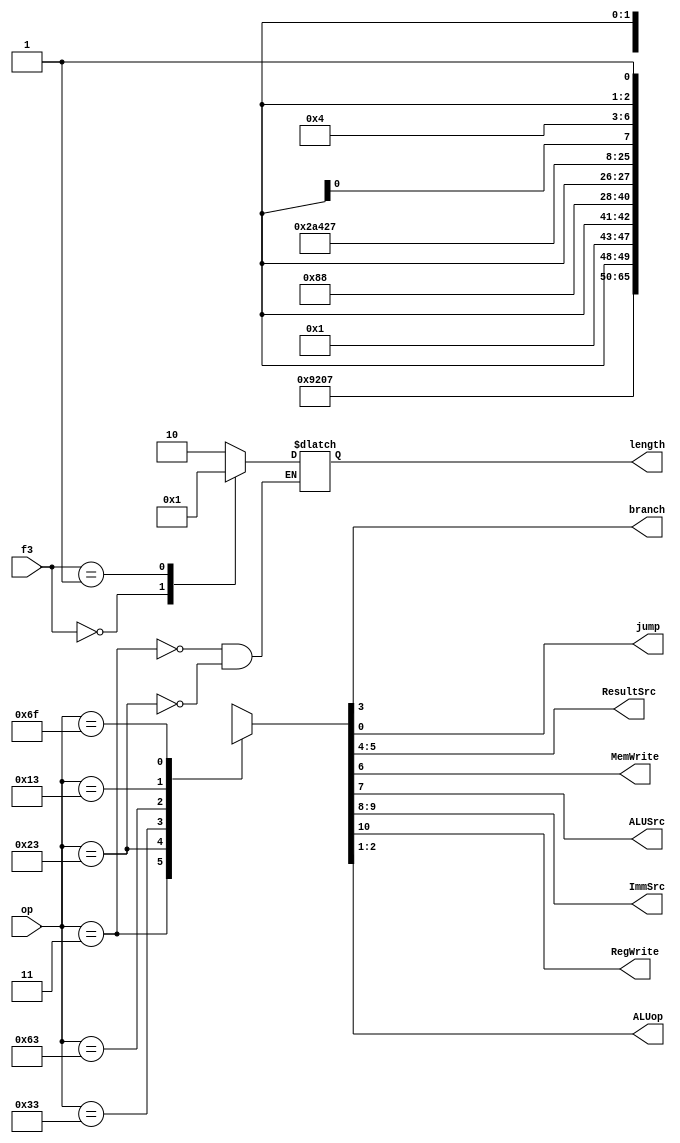
`timescale 1ns/1ps

module main_Dec(op, f3, branch, jump, ResultSrc, MemWrite, ALUSrc, ImmSrc, RegWrite, ALUop, length);

input [6:0] op;
input [2:0]f3;
output branch, jump, MemWrite, ALUSrc, RegWrite; 
output [1:0] ALUop, ResultSrc, ImmSrc, length;

reg [10:0] controls;
reg [1:0]length = 2'b10;

assign {RegWrite, ImmSrc, ALUSrc, MemWrite, ResultSrc, branch, ALUop, jump} = controls;
always @(*)
case(op)
	7'd3:   begin
			controls <= 11'b1_00_1_0_01_0_00_0; // LW 
			case(f3)
			3'b000: length = 2'b00;
			3'b001: length = 2'b01;
			3'b010: length = 2'b10;
			default : length = 2'b10;
			endcase
			end
	7'd35:  begin
			controls <= 11'b0_01_1_1_xx_0_00_0; // SW
			case(f3)
			3'b000: length = 2'b00;
			3'b001: length = 2'b01;
			3'b010: length = 2'b10;
			default : length = 2'b10;
			endcase
			end
	7'd51:  controls <= 11'b1_xx_0_0_00_0_10_0; // R-Type
	7'd99:  controls <= 11'b0_10_0_0_xx_1_01_0; // Branch
	7'd19:  controls <= 11'b1_00_1_0_00_0_10_0; // I-Type
	7'd111: controls <= 11'b1_11_x_0_10_0_xx_1; // J-Type
	default : controls <=11'bx_xx_x_x_xx_x_xx_x; // Default Case
endcase


endmodule